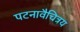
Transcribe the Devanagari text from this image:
पटनावैचित्रय